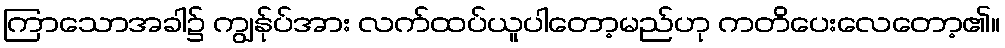
ကြာသောအခါ၌ ကျွန်ုပ်အား လက်ထပ်ယူပါတော့မည်ဟု ကတိပေးလေတော့၏။